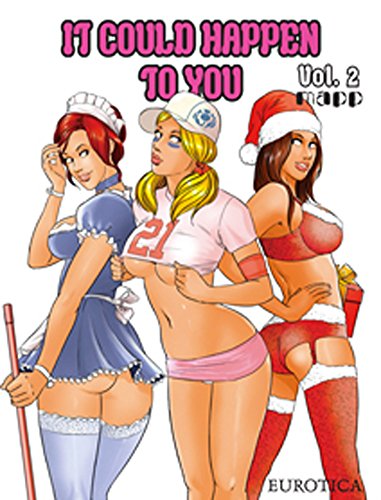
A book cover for It Could Happen to You: Vol. 2; Mapp; Comics & Graphic Novels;